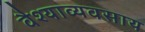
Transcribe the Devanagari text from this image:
वैश्याव्यवसाय